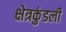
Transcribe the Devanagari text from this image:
क्षेत्रकुंडली